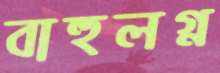
বাহুলগ্ন